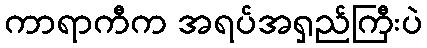
ကာရာကီက အရပ်အရှည်ကြီးပဲ